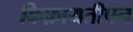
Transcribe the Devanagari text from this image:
किफ़ायतीपन